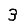
Digit: 3